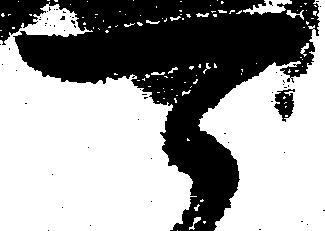
可